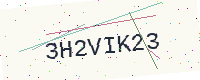
Text: 3H2VIK23